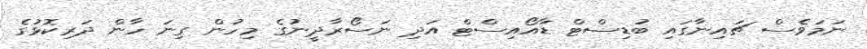
ނަމަވެސް ޗައިނާގައި ބުޑިސްޓް ޑާއޯއިސްޓް އަދި ނަސޯރާދީނުގެ މިހުން ގިނަ ހާން ދަރިކޮޅުގެ